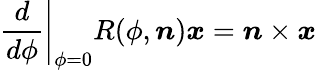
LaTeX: \left.{\frac{d}{d\phi}}\right|_{\phi=0}R(\phi,{\boldsymbol{n}}){\boldsymbol{x}}={\boldsymbol{n}}\times{\boldsymbol{x}}